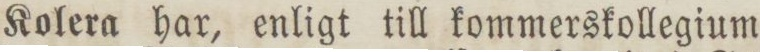
Kolera har, enligt till kommerskollegium